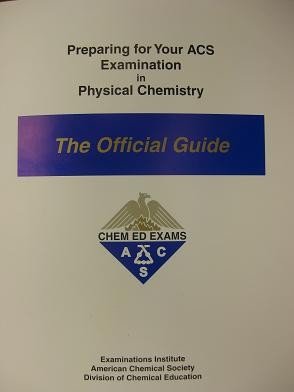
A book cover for Preparing for you ACS Examination in Physical Chemistry : The Official Guide; American Chemical Society; Science & Math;